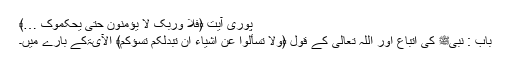
پوری آیت ﴿فلا وربک لا یؤمنون حتی یحکموک …﴾
باب : نبیﷺ کی اتباع اور اللہ تعالیٰ کے قول ﴿ولا تسألوا عن اشیاءَ ان تبدلکم تسؤکم﴾ الآیۃکے بارے میں۔